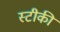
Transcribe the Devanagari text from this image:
स्टीकी